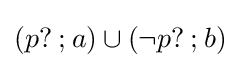
(p?\mathbin {;} a)\cup (\neg p?\mathbin {;} b)\,\!